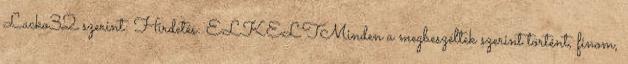
Lacko32 szerint: Hirdetés: ELKELTMinden a megbeszéltek szerint történt, finom,